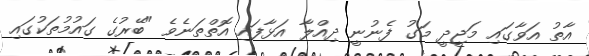
އާތު އަވާގައި މަޖީދީ މަގު ފެނުނީ ދިއްލާ އަޅާފައި އޮތްތަނެވެ "ބޭރުގެ ގައުމުތަކުގައި